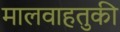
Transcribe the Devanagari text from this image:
मालवाहतुकी